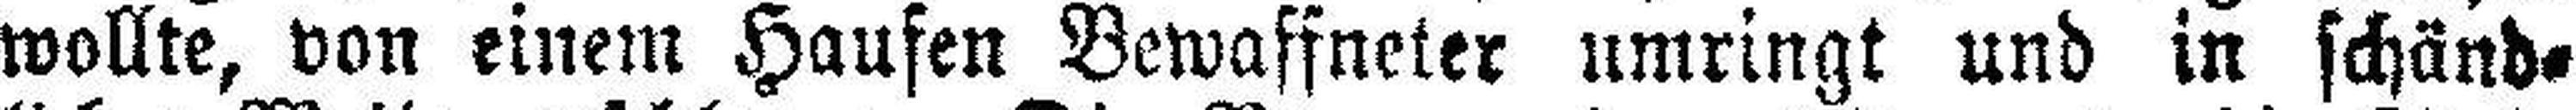
wollte, von einem Haufen Bewaffneter umringt und in schänd¬